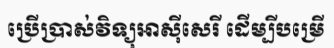
ប្រើប្រាស់វិទ្យុអាស៊ីសេរី ដើម្បីបម្រើ